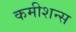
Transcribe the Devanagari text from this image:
कमीशन्स